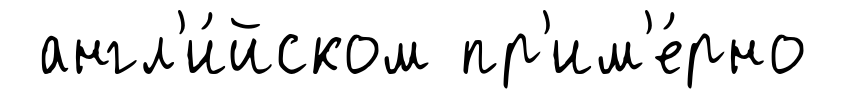
англ'и́йском пр'им'е́рно